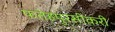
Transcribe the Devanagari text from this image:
फतेहपुरसीकरी